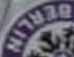
BERLIN